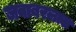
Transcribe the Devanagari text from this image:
जवाबरलाल